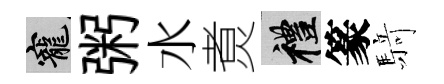
寵粥水煑禮篆𮪍